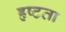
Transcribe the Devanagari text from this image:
हृष्टता